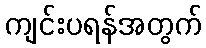
ကျင်းပရန်အတွက်